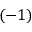
( - 1 )